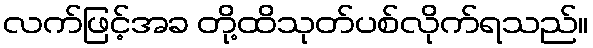
လက်ဖြင့်အခ တို့ထိသုတ်ပစ်လိုက်ရသည်။